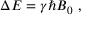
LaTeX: \Delta { E } = \gamma \hbar B _ { 0 } \ ,